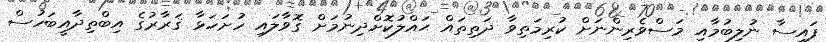
ފައިސާ ނުލިބުމާއި މަސްވެރިންނަށް ކުރިމަތިވާ ދަތިތައް ޙައްލުކޮށްދިނުމަށް ގޮވާލައި ހުށަހަޅާ ޤަރާރުގެ އިބްތިދާއީބަހުސް